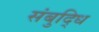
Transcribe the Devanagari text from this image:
संबुद्धि